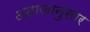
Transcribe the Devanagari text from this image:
अदाजानुसार